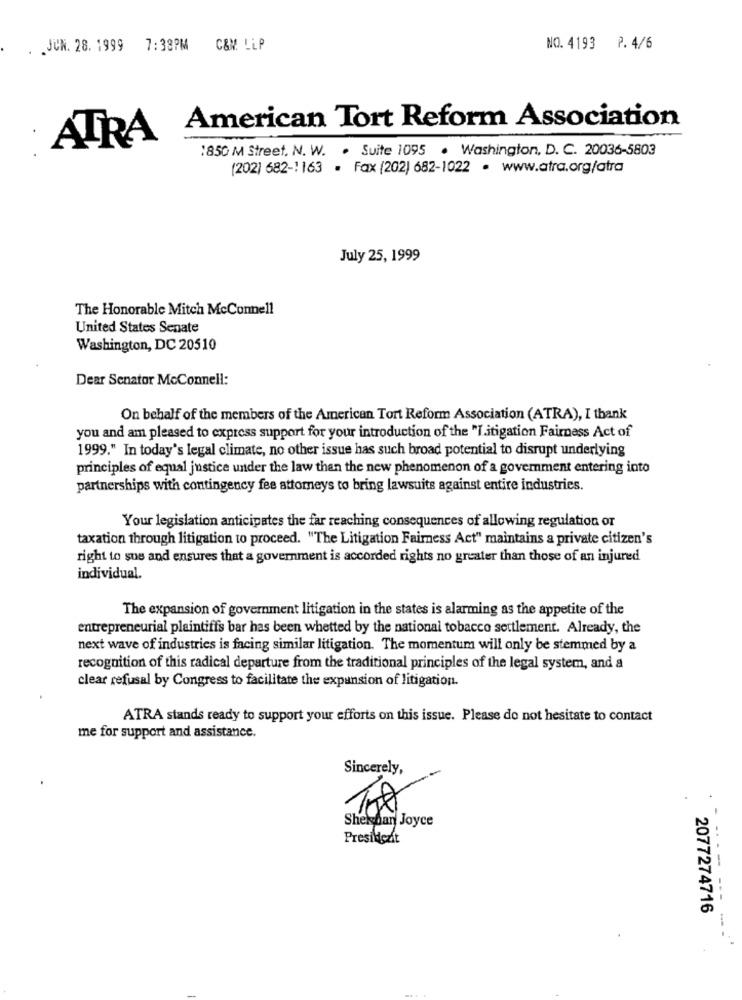
. . JUN. 28. 1999
7:38PM C&M LLP
NO. 4193 P. 4/6
American Tort Reform Association
ATRA
1850 M Street, N. W. . Suite 1095 . Washington, D. C. 20036-5803
(202) 682-1 163 · Fax (202) 682-1022 . www.atra.org/atra
July 25, 1999
The Honorable Mitch Mcconnell
United States Senate
Washington, DC 20510
Dear Senator McConnell:
On behalf of the members of the American Tort Reform Association (ATRA), I thank
you and am pleased to express support for your introduction of the "I.itigation Fairness Act of
1999." In today's legal climate, no other issue has such broad potential to disrupt underlying
principles of equal justice under the law than the new phenomenon of a government entering into
partnerships with contingency fee attorneys to bring lawsuits against entire industries.
Your legislation anticipates the far reaching consequences of allowing regulation or
taxation through litigation to proceed. "The Litigation Fairness Act" maintains a private citizen's
right to sue and ensures that a government is accorded rights no greater than those of an injured
individual.
The expansion of government litigation in the states is alarming as the appetite of the
entrepreneurial plaintiffs bar has been whetted by the national tobacco settlement. Already, the
next wave of industries is facing similar litigation. The momentum will only be stemmed by a
recognition of this radical departure from the traditional principles of the legal system, and a
clear refusal by Congress to facilitate the expansion of litigation.
ATRA stands ready to support your efforts on this issue. Please do not hesitate to contact
me for support and assistance.
--
Sincerely,
Shekban Joyce
President
- ---- ---
2077274716